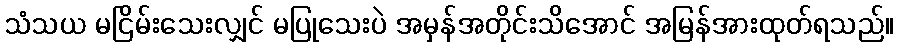
သံသယ မငြိမ်းသေးလျှင် မပြုသေးပဲ အမှန်အတိုင်းသိအောင် အမြန်အားထုတ်ရသည်။